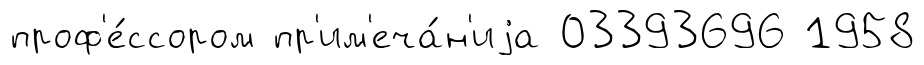
проф'е́ссором пр'им'еча́н'иjа 03393696 1958